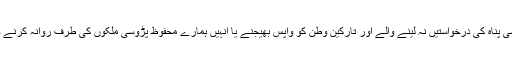
انہوں نے مزيد کہا، ’’آسٹريا کی سرحد پر ہی سياسی پناہ کی درخواستيں نہ لينے والے اور تارکين وطن کو واپس بھيجنے يا انہيں ہمارے محفوظ پڑوسی ملکوں کی طرف روانہ کرنے والے دوسرے راستے کا بھی جائزہ ليا جا رہا ہے۔